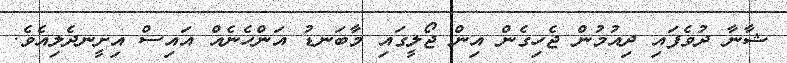
ޝާނާ ދުވެފައި ދިއުމުން ޖެހިގެން އިން ޖޯލީގައި މާބަނޑު އަންހެނެއް އައިސް އިށީނދެލިއެވެ.